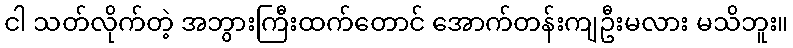
ငါ သတ်လိုက်တဲ့ အဘွားကြီးထက်တောင် အောက်တန်းကျဦးမလား မသိဘူး။